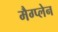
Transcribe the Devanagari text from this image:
मैग्प्लेन